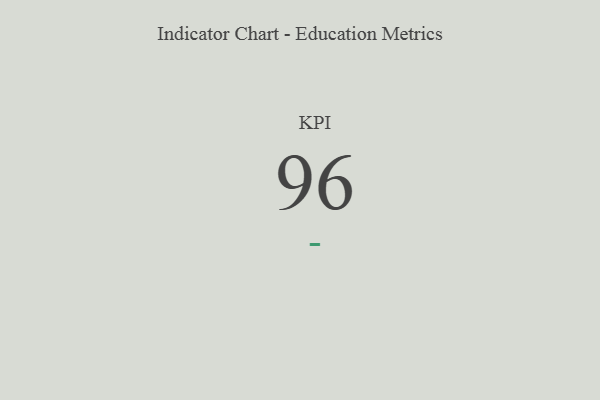
{"axis": {"x": "KPI", "y": "Value"}, "legend": [""], "data": [{"x": "KPI", "y": 96, "type": ""}]}